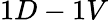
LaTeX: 1D-1V